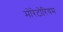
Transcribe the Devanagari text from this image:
मोरेटोरियम